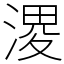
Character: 溭